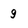
Character: 9